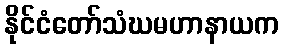
နိုင်ငံတော်သံဃမဟာနာယက